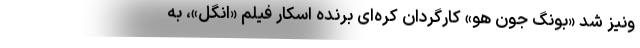
ونیز شد «بونگ جون هو» کارگردان کره‌ای برنده اسکار فیلم «انگل»، به